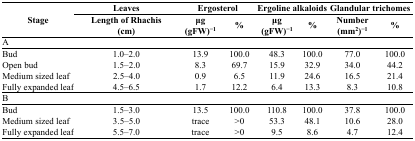
<table><thead><tr><td rowspan="2"><b>Stage</b></td><td><b>Leaves</b></td><td colspan="2"><b>Ergosterol</b></td><td colspan="2"><b>Ergoline alkaloids</b></td><td colspan="2"><b>Glandular trichomes</b></td></tr><tr><td><b>Length of Rhachis (cm)</b></td><td><b>μg (gFW)<sup>−1</sup></b></td><td><b>%</b></td><td><b>μg (gFW)<sup>−1</sup></b></td><td><b>%</b></td><td><b>Number (mm<sup>2</sup>)<sup>−1</sup></b></td><td><b>%</b></td></tr></thead><tbody><tr><td colspan="8">A</td></tr><tr><td>Bud</td><td>1.0–2.0</td><td>13.9</td><td>100.0</td><td>48.3</td><td>100.0</td><td>77.0</td><td>100.0</td></tr><tr><td>Open bud</td><td>1.5–2.0</td><td>8.3</td><td>69.7</td><td>15.9</td><td>32.9</td><td>34.0</td><td>44.2</td></tr><tr><td>Medium sized leaf</td><td>2.5–4.0</td><td>0.9</td><td>6.5</td><td>11.9</td><td>24.6</td><td>16.5</td><td>21.4</td></tr><tr><td>Fully expanded leaf</td><td>4.5–6.5</td><td>1.7</td><td>12.2</td><td>6.4</td><td>13.3</td><td>8.3</td><td>10.8</td></tr><tr><td colspan="8">B</td></tr><tr><td>Bud</td><td>1.5–3.0</td><td>13.5</td><td>100.0</td><td>110.8</td><td>100.0</td><td>37.8</td><td>100.0</td></tr><tr><td>Medium sized leaf</td><td>3.5–5.0</td><td>trace</td><td>&gt;0</td><td>53.3</td><td>48.1</td><td>10.6</td><td>28.0</td></tr><tr><td>Fully expanded leaf</td><td>5.5–7.0</td><td>trace</td><td>&gt;0</td><td>9.5</td><td>8.6</td><td>4.7</td><td>12.4</td></tr></tbody></table>